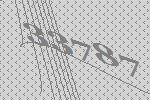
33787